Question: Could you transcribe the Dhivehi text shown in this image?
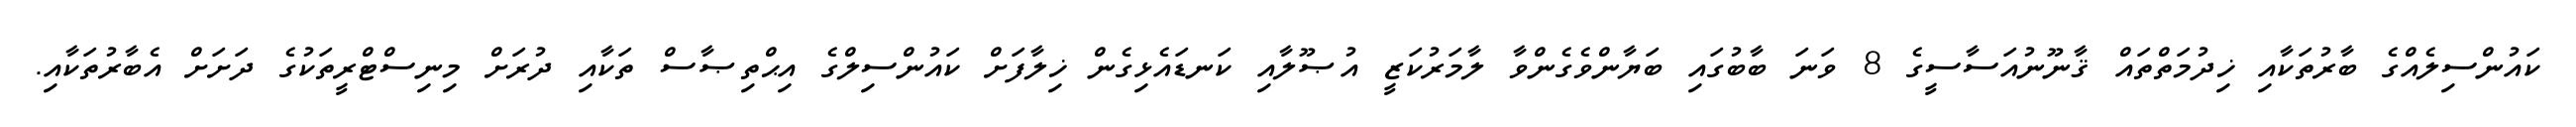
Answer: ކައުންސިލެއްގެ ބާރުތަކާއި ޚިދުމަތްތައް ޤާނޫނުއަސާސީގެ 8 ވަނަ ބާބުގައި ބަޔާންވެގެންވާ ލާމަރުކަޒީ އުޞޫލާއި ކަނޑައެޅިގެން ޚިލާފަށް ކައުންސިލްގެ އިޙްތިޞާސް ތަކާއި ދުރަށް މިނިސްޓްރީތަކުގެ ދަށަށް އެބާރުތަކާއި.